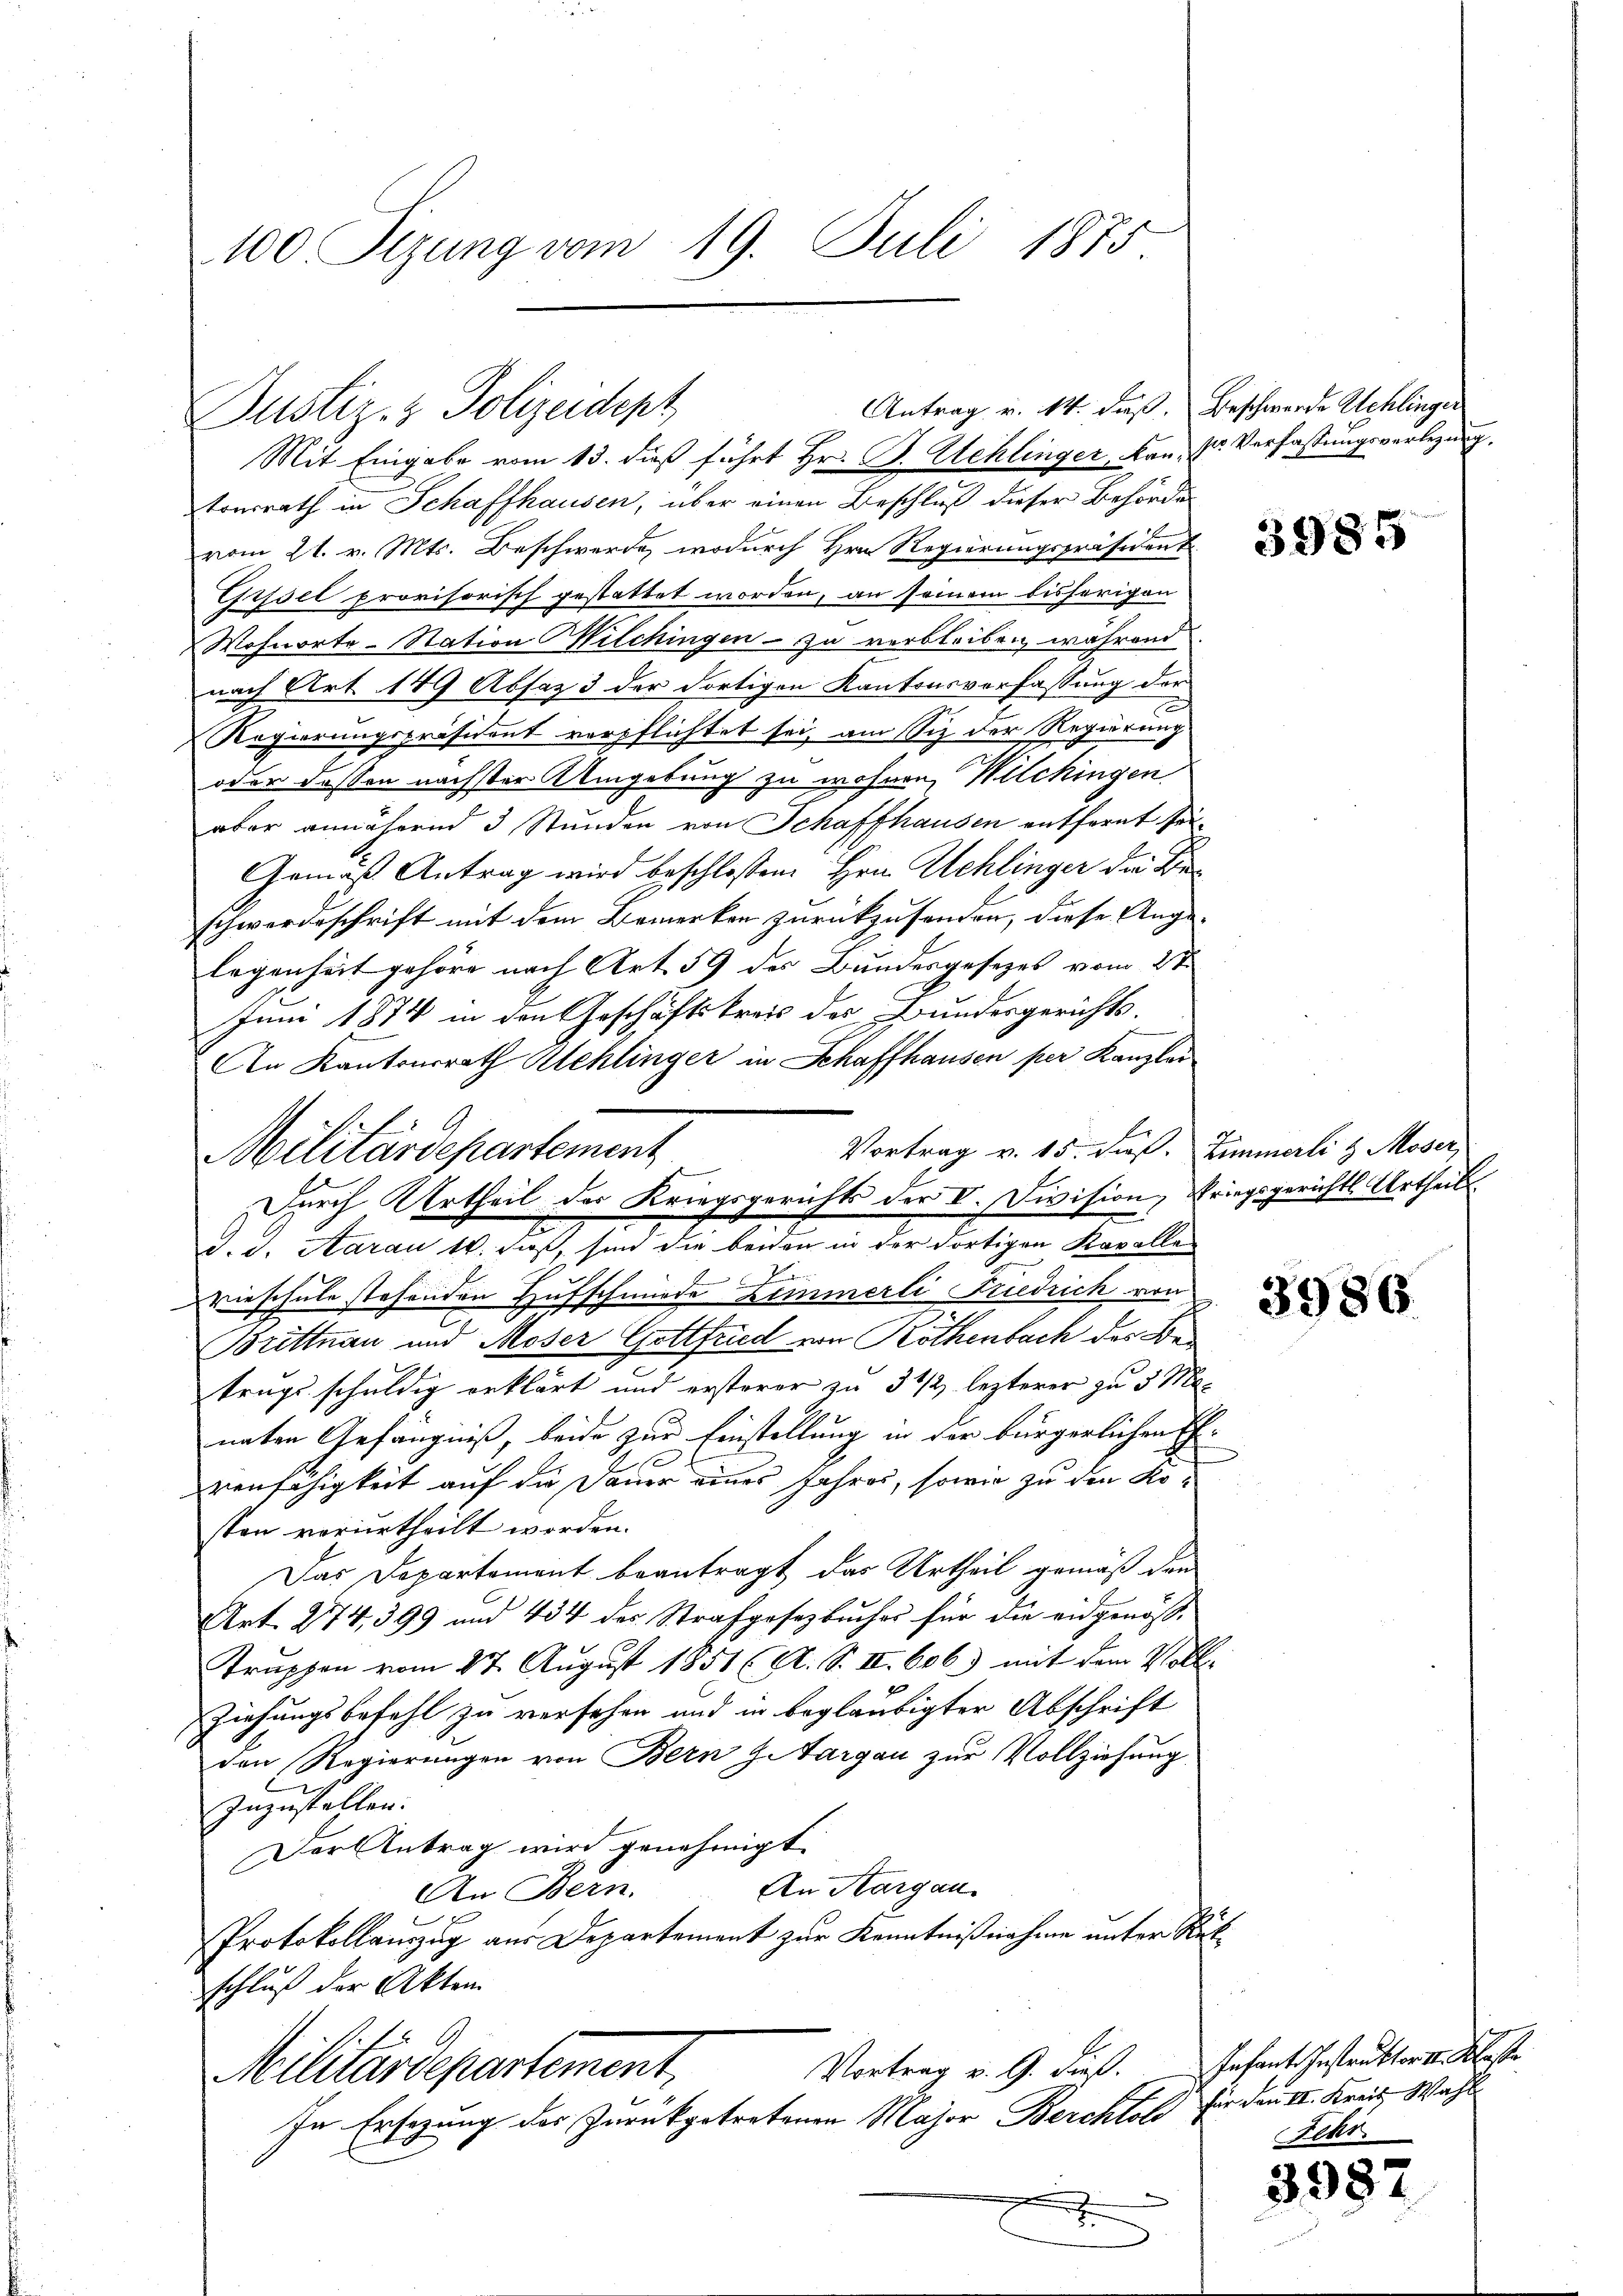
100. Sizung vom 19. Juli 1875

tonsrath in Schaffhausen, über einen Beschluß dieser Behörde
vom 21. v. Mts. Beschwerde, wodurch Hrn. Regierungspräsident
Grssel provisorisch gestattet worden, an seinem bisherigen
Wohnorte Station Wilchingen - zu verbleiben während.
nach Art 149 Absaz 3 der dortigen Kantonsverfassung der
Regierungspräsident verpflichtet sei, am Siz der Regierung
oder dessen nächster Umgebung zu wohnen, Wilckingen
aber annähernd 3 Stunden von Schaffhausen entfernt sei.
Gemäß Antrag wird beschlossen Hrn. Schlinger die Beschwerdeschrift mit dem Bemerken zurückzusenden, diese Ange-
legenheit gehöre nach Art. 59 des Bundesgesezes vom 2te
Juni 1874 in den Geschäftskreis des Bundesgerichts-
An Kantonsrath Schlinger in Schaffhausen per Kanzlei
Vortrag v. 15. Fuß. Zimmerli & Moser,
d. d. Aarau 10. daß, sind die beiden in der dortigen Kavalle¬
u
vieschule stehenden Hufschmide Zimmerli Friedrich von
Brittnau und Moser Gottfried von Köthenbach das Betragsschuldig erklärt und ersterer zu 3 1/2 lezterer zu 5 Manaten Gefängniß, beide zur Einstellung in der bürgerlichen E
renfähigkeit auf die Dauer eines Jahres, sowie zu den Kosten verurtheilt worden.
Das Departement beantragt, das Urtheil gemäß den
Art. 274, 399 und 434 des Strafgesetzbuches für die eidgenöß¬
Trappen vom 27. August 1851 (A. S. II. 686) mit dem Voll
4
Ziehungsbefehl zu versehen und in beglaubigter Abschrift
den Regierungen von Bern Zitargau zur Vollziehung
zuzustellen.
Der Antrag wird genehmigt.
An Aargau.
An Bern.
Protokollauszug aus Departement zur Kenntnißnahme unter Rükschluß der Akten.
Vortrag v. 9. dieß.
Militärdepartement,
In Ersezung des Zurückgetretenen Major Berchtold
.

Justiz- & Polizeidept
Mit Eingabe vom 13. daß führt Hr. B. Uehlinger, kan sr Verfassungsverlegung.

Militärdepartement

Durch Urtheil des Kriegsgerichts der V. Division, Kriegsgerichts Urtheil

Antrag v. 14. dieß. Beschwerde Schlinger

3985

3986

Infant. Instruktor v. Oberste
für den II. Kreis, Wahl
Fehr

3987